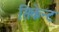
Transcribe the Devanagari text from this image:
सिकेन्ट